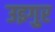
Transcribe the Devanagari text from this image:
उइगुर